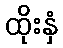
ထိုးနှံ